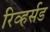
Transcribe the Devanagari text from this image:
रिव्हर्सड